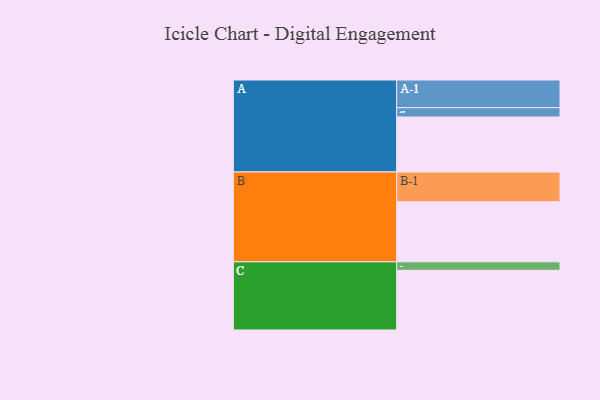
{"axis": {"x": "Segment", "y": "Value"}, "legend": ["", "A", "B", "C"], "data": [{"x": "A", "y": 511, "type": ""}, {"x": "B", "y": 558, "type": ""}, {"x": "C", "y": 555, "type": ""}, {"x": "A-1", "y": 257, "type": "A"}, {"x": "A-2", "y": 87, "type": "A"}, {"x": "B-1", "y": 277, "type": "B"}, {"x": "C-1", "y": 79, "type": "C"}]}